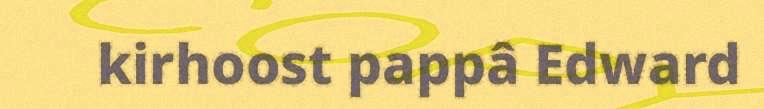
kirhoost pappâ Edward